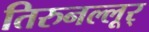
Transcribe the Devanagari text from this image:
तिरुनल्लूर्